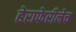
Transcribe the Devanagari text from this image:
हेराफेरीनेच